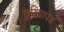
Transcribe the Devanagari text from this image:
छुरियापेड